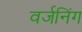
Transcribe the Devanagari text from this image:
वर्जनिंग